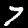
Label: 7